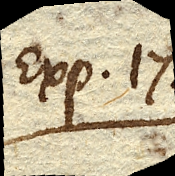
Exp. 17.